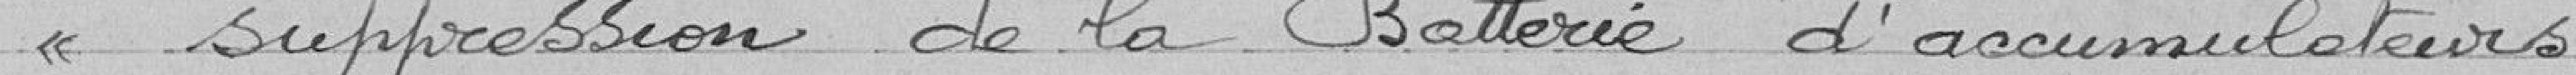
« suppression de la Batterie d'accumulateurs